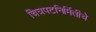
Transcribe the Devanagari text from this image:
चित्रपटनिर्मितीचे